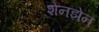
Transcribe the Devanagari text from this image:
शेनझेन